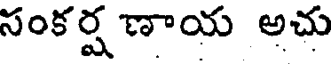
సంకర్షణాయ అచు